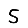
Digit: 5